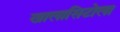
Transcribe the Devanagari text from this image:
खालासिटोला